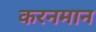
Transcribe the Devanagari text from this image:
करनमान